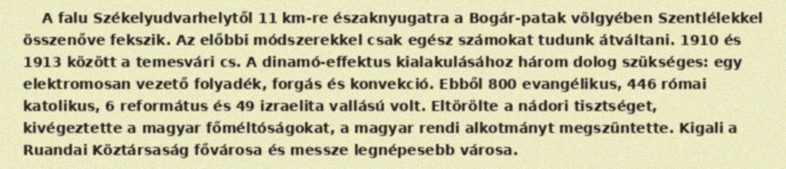
A falu Székelyudvarhelytől 11 km-re északnyugatra a Bogár-patak völgyében Szentlélekkel összenőve fekszik. Az előbbi módszerekkel csak egész számokat tudunk átváltani. 1910 és 1913 között a temesvári cs. A dinamó-effektus kialakulásához három dolog szükséges: egy elektromosan vezető folyadék, forgás és konvekció. Ebből 800 evangélikus, 446 római katolikus, 6 református és 49 izraelita vallású volt. Eltörölte a nádori tisztséget, kivégeztette a magyar főméltóságokat, a magyar rendi alkotmányt megszüntette. Kigali a Ruandai Köztársaság fővárosa és messze legnépesebb városa.